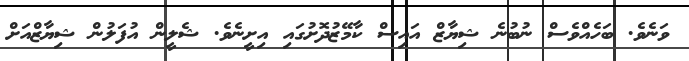
ވަނެވެ. ބަހެއްވެސް ނުބުނެ ޝިޔާޒް އައިސް ކާމޭޒުދޮށުގައި އިށީނެވެ. ޝެލީން އުފަލުން ޝިޔާޒްއަށް